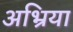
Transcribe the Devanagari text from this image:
अभ्रिया